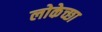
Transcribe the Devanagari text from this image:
लोकेच्छा